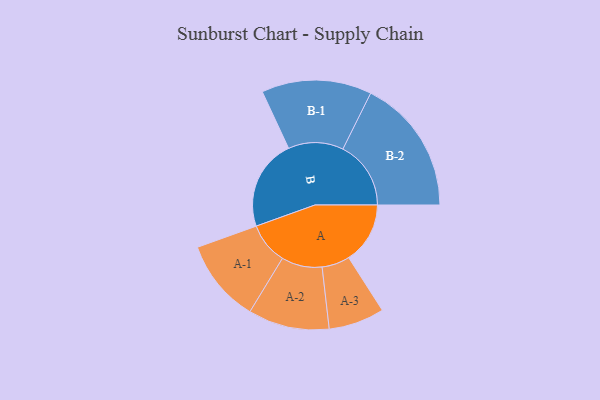
{"axis": {"x": "Segment", "y": "Value"}, "legend": ["", "A", "B"], "data": [{"x": "A", "y": 251, "type": ""}, {"x": "B", "y": 371, "type": ""}, {"x": "A-1", "y": 170, "type": "A"}, {"x": "A-2", "y": 166, "type": "A"}, {"x": "A-3", "y": 114, "type": "A"}, {"x": "B-1", "y": 225, "type": "B"}, {"x": "B-2", "y": 278, "type": "B"}]}